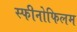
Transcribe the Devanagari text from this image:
स्फीनोफिलम